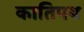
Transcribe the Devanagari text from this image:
कातिपय